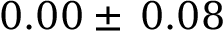
0 . 0 0 \pm \: 0 . 0 8